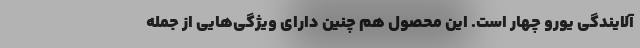
آلایندگی یورو چهار است. این محصول هم چنین دارای ویژگی‌هایی از جمله